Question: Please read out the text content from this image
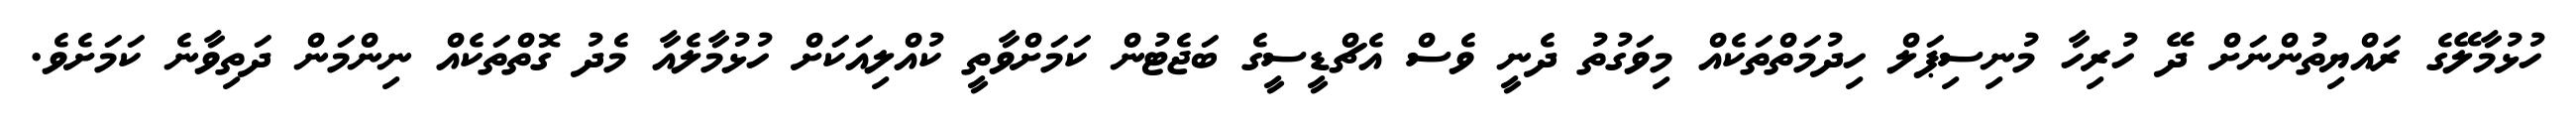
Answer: ހުޅުމާލޭގެ ރައްޔިތުންނަށް ދޭ ހުރިހާ މުނިސިޕަލް ހިދުމަތްތަކެއް މިވަގުތު ދެނީ ވެސް އެޗްޑީސީގެ ބަޖެޓުން ކަމަށްވާތީ ކުއްލިއަކަށް ހުޅުމާލެއާ މެދު ގޮތްތަކެއް ނިންމަން ދަތިވާނެ ކަމަށެވެ.